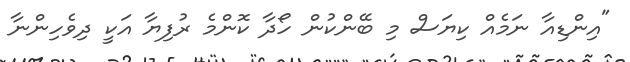
"އިންޑިއާ ނަމެއް ކިޔަސް މި ބޭންކުން ހޯދާ ކޮންމެ ރުފިޔާ އަކީ ދިވެހިންނާ